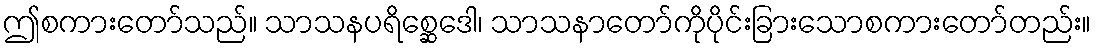
ဤစကားတော်သည်။ သာသနပရိစ္ဆေဒေါ၊ သာသနာတော်ကိုပိုင်းခြားသောစကားတော်တည်း။